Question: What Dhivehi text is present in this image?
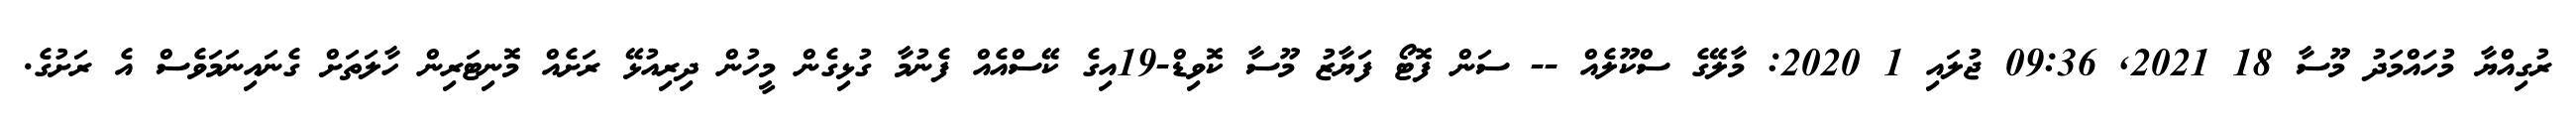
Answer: ރުގިއްޔާ މުހައްމަދު މޫސާ 18 2021, 09:36 ޖުލައި 1 2020: މާލޭގެ ސްކޫލެއް -- ސަން ފޮޓޯ ފަޔާޒު މޫސާ ކޮވިޑް-19އިގެ ކޭސްއެއް ފެނުމާ ގުޅިގެން މީހުން ދިރިއުޅޭ ރަށެއް މޮނިޓަރިން ހާލަތަށް ގެނައިނަމަވެސް އެ ރަށުގެ.